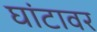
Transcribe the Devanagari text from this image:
घांटावर